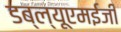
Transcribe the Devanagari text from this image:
डब्ल्यूएमईजी